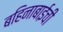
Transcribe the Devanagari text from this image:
बहिनाबाईची